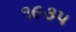
૧૯૩૫